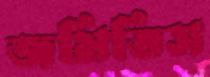
জমিতিস